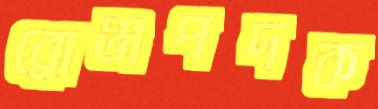
ব্রোঞ্জপদক